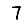
Digit: 7